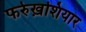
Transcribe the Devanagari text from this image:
फर्रुख़शियार